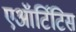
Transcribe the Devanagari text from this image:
एऑर्टिटिस